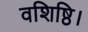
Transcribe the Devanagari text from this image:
वशिष्ठि।